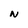
Character: N